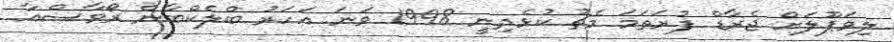
ލިވަޕޫލަށް ޖެރާޑް ފުރަތަމަ މެޗު ކުޅެދިނީ 1998 ވަނަ އަހަރު ބްލެކްބާން ރޯވާސްއާ